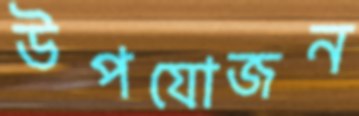
উপযোজন